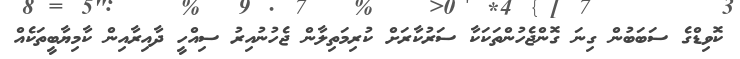
ކޮވިޑްގެ ސަބަބުން ގިނަ ގޮންޖެހުންތަކަކާ ސަރުކާރަށް ކުރިމަތިލާން ޖެހުނުއިރު ސިއްހީ ދާއިރާއިން ކާމިޔާބީތަކެއް